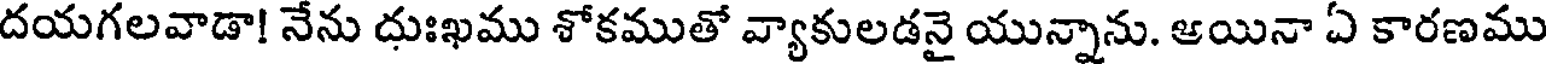
దయగలవాడా! నేను దుఃఖము శోకముతో వ్యాకులడనై యున్నాను. ఆయినా ఏ కారణము